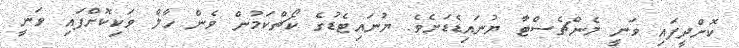
ކޮށްދީފައި ވަނީ މެންޗެސްޓާ ޔުނައިޑެޑަށެވެ. ޔުނައިޓެޑުގެ ކޯޗްކަމުން ވެން ހާލް ވަކިކޮށްފައި ވަނީ